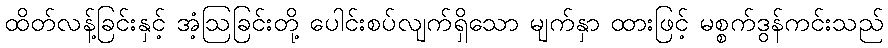
ထိတ်လန့်ခြင်းနှင့် အံ့ဩခြင်းတို့ ပေါင်းစပ်လျက်ရှိသော မျက်နှာ ထားဖြင့် မစ္စက်ဒွန်ကင်းသည်